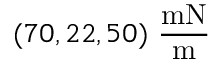
( 7 0 , 2 2 , 5 0 ) \mathrm { ~ \frac { m N } { m } }